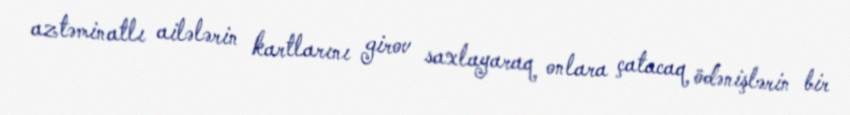
aztəminatlı ailələrin kartlarını girov saxlayaraq onlara çatacaq ödənişlərin bir